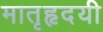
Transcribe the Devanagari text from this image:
मातृहृदयी